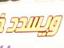
ويدد